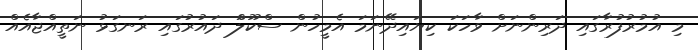
މި އުމުރުފުރާގައި ދަރިންނަށް ވާހަކަ ކިޔައިދޭނަމަ އެމީހުން ސްކޫލްަ ދައުރުގައި ރަނގަޅު ނަތީއްޖާއެއް